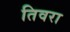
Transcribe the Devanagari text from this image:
तिवरा